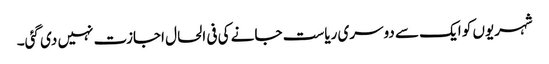
شہریوں کو ایک سے دوسری ریاست جانے کی فی الحال اجازت نہیں دی گئی۔